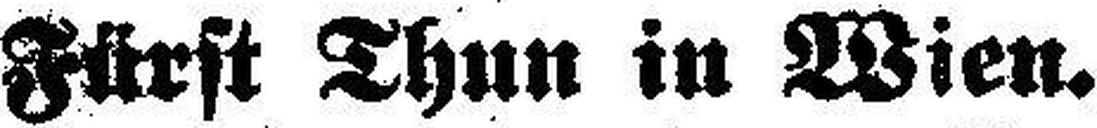
Fürst Thun in Wien.